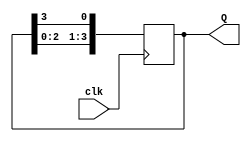
module JohnsonCounter (
    input wire clk,
    output reg [n-1:0] Q
);

parameter n = 4;
reg [n-1:0] next_state;

always @ (posedge clk)
begin
    next_state = {Q[n-2:0], Q[n-1]};
    Q <= next_state;
end

endmodule